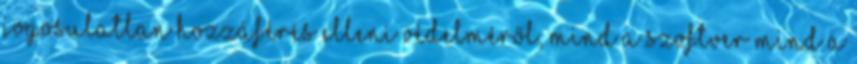
jogosulatlan hozzáférés elleni védelméről, mind a szoftver mind a